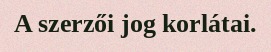
A szerzői jog korlátai.